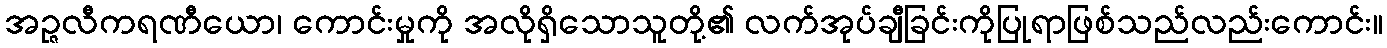
အဉ္ဇလီကရဏီယော၊ ကောင်းမှုကို အလိုရှိသောသူတို့၏ လက်အုပ်ချီခြင်းကိုပြုရာဖြစ်သည်လည်းကောင်း။